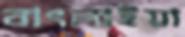
বাৎলাইয়া